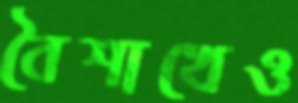
বৈশাখেও